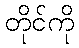
တိုင်ကို